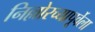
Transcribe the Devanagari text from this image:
निल्लोरच्यापूर्वेला